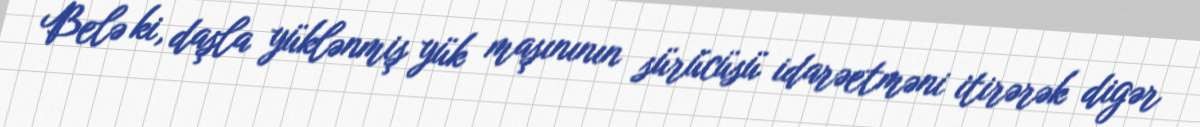
Belə ki, daşla yüklənmiş yük maşınının sürücüsü idarəetməni itirərək digər